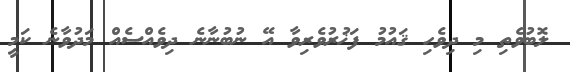
ލޮބުވެތި މި ދިވެހި ޤައުމު ފަޚުރުވެރިވާ އޭ ނުބުނާނެ ދިވެއްސެއް މަދުވާނެ ކަމީ